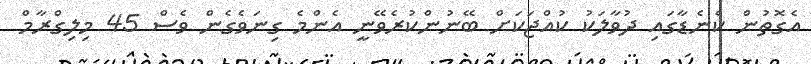
އެގޮތުން ކެނެޑާގައި ދުވާލަކު ކުއްޖަކަށް ބޭނުންކުރެވޭނީ އެންމެ ގިނަވެގެން ވެސް 45 މިލިގްރާމް